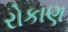
રોકાણ